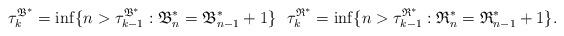
LaTeX: \begin{align*}\tau_k^\mathfrak{B^*} = \inf\{ n> \tau_{k-1}^\mathfrak{B^*}: \mathfrak{B}^*_n = \mathfrak{B}^*_{n-1} + 1 \} \ \ \tau_k^\mathfrak{R^*} = \inf\{ n> \tau_{k-1}^{\mathfrak{R}^*}: \mathfrak{R}^*_n = \mathfrak{R}^*_{n-1} + 1 \}. \end{align*}